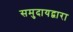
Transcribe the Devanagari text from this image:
समुदायद्वारा